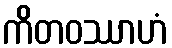
ကိတဝဿာဟံ